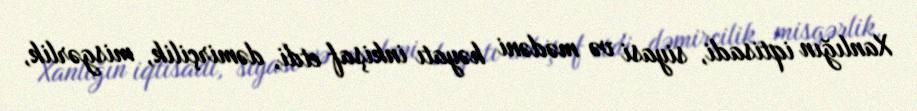
Xanlığın iqtisadi, siyasi və mədəni həyatı inkişaf etdi, dəmirçilik, misgərlik,